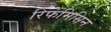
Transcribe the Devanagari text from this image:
रिफंमिसिन